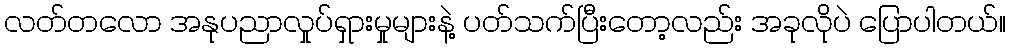
လတ်တလော အနုပညာလှုပ်ရှားမှုများနဲ့ ပတ်သက်ပြီးတော့လည်း အခုလိုပဲ ပြောပါတယ်။